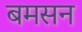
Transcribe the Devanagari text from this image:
बमसन